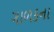
ગાળકના